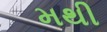
મથી